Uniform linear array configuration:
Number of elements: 64
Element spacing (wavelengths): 1
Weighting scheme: binomial
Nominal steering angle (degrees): -45
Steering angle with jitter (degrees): -46.026
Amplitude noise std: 0.05
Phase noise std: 0.05

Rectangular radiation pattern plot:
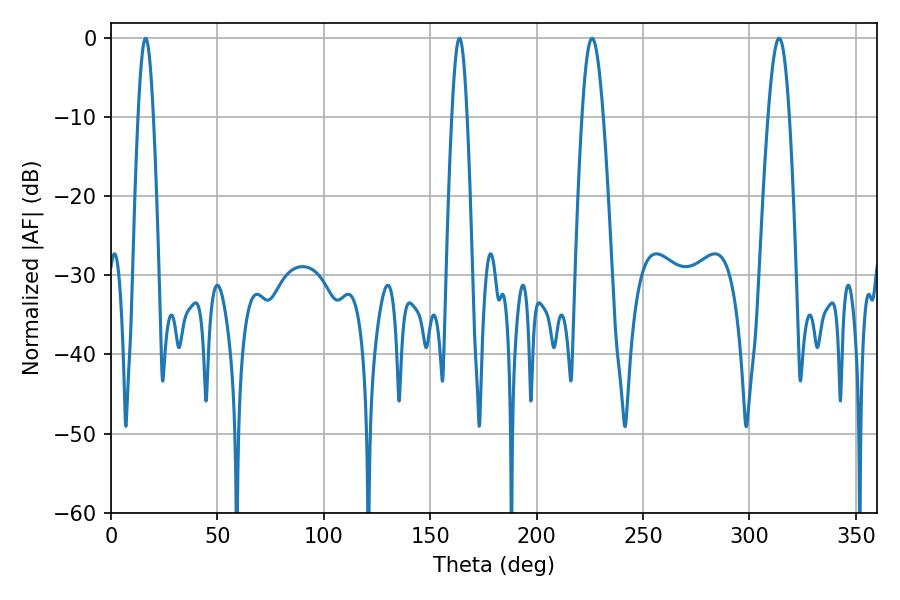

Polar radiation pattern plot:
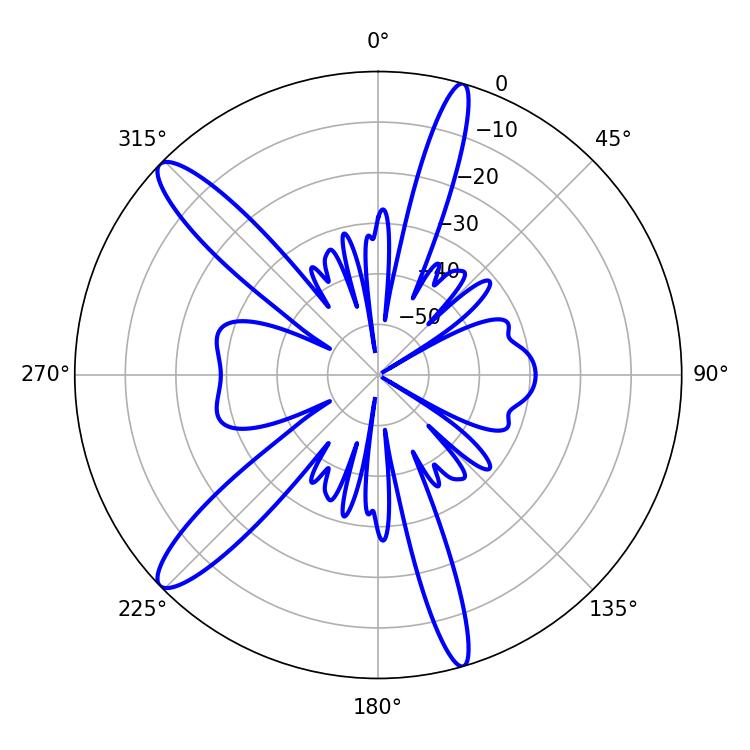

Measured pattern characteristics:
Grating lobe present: TRUE
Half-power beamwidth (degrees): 5.4
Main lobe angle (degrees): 226.08